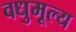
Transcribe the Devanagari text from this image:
वधुमूल्य